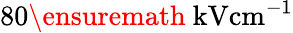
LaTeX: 80\ensuremath{~\mathrm{kV}\mathrm{cm}^{-1}}